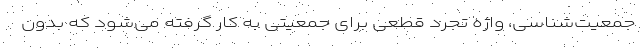
جمعیت‌شناسی، واژه تجرد قطعی برای جمعیتی به کار گرفته می‌شود که بدون